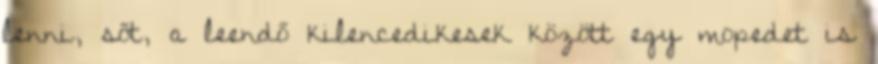
lenni, sőt, a leendő kilencedikesek között egy mopedet is